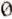
0